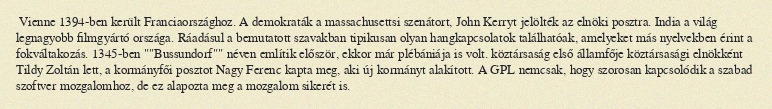
Vienne 1394-ben került Franciaországhoz. A demokraták a massachusettsi szenátort, John Kerryt jelölték az elnöki posztra. India a világ legnagyobb filmgyártó országa. Ráadásul a bemutatott szavakban tipikusan olyan hangkapcsolatok találhatóak, amelyeket más nyelvekben érint a fokváltakozás. 1345-ben ""Bussundorf"" néven említik először, ekkor már plébániája is volt. köztársaság első államfője köztársasági elnökként Tildy Zoltán lett, a kormányfői posztot Nagy Ferenc kapta meg, aki új kormányt alakított. A GPL nemcsak, hogy szorosan kapcsolódik a szabad szoftver mozgalomhoz, de ez alapozta meg a mozgalom sikerét is.